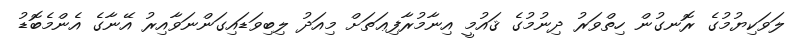
ލަވަކިޔުމުގެ ރޮނގުން ހިތްވަރު ދިނުމުގެ ޤައުމީ އިނާމުރާފިޢަތަށް މިއަދު ލިބިވަޑައިގަންނަވާއިރު އޭނާގެ އެންމެބޮޑު